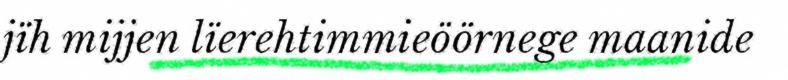
jïh mijjen lïerehtimmieöörnege maanide